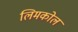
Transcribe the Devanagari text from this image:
लिमकोल